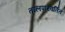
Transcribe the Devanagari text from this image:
तालपरिवर्तित